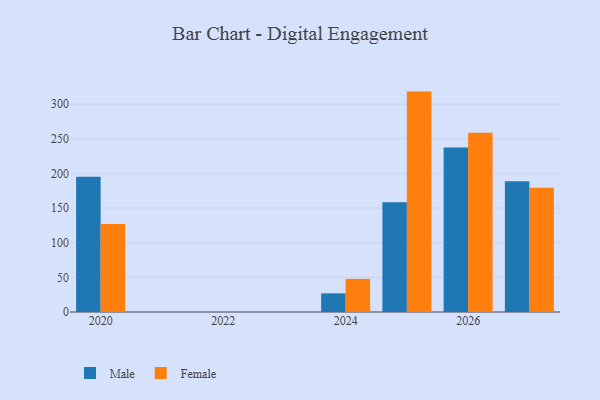
{"axis": {"x": "Year", "y": "Shipments"}, "legend": ["Female", "Male"], "data": [{"x": "2025", "y": 158.5, "type": "Male"}, {"x": "2025", "y": 318.0, "type": "Female"}, {"x": "2020", "y": 195.0, "type": "Male"}, {"x": "2020", "y": 127.1, "type": "Female"}, {"x": "2026", "y": 237.3, "type": "Male"}, {"x": "2026", "y": 258.5, "type": "Female"}, {"x": "2027", "y": 188.5, "type": "Male"}, {"x": "2027", "y": 179.2, "type": "Female"}, {"x": "2024", "y": 26.9, "type": "Male"}, {"x": "2024", "y": 47.8, "type": "Female"}]}